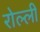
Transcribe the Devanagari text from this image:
रोल्ली